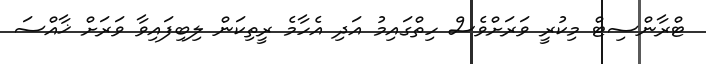
ޓްރާންސިޓް މިކުރީ ވަރަށްވެސް ހިތްގައިމު އަދި އެހާމެ ރީތިކަން ލިބިފައިވާ ވަރަށް ޚާއްސަ